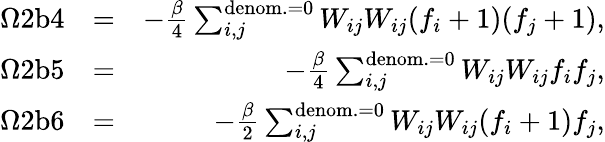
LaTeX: \begin{array}{rlr}{\Omega 2\mathrm{b}4}&{=}&{-\frac{\beta}{4}\sum_{i,j}^{\mathrm{denom.}=0}{W_{ij}W_{ij}}(f_{i}+1)(f_{j}+1),}\\ {\Omega 2\mathrm{b}5}&{=}&{-\frac{\beta}{4}\sum_{i,j}^{\mathrm{denom.}=0}{W_{ij}W_{ij}}f_{i}f_{j},}\\ {\Omega 2\mathrm{b}6}&{=}&{-\frac{\beta}{2}\sum_{i,j}^{\mathrm{denom.}=0}{W_{ij}W_{ij}}(f_{i}+1)f_{j},}\end{array}